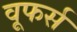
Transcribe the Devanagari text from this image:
वूफर्स